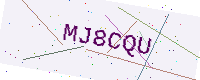
Text: MJ8CQU